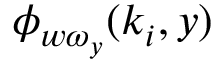
\phi _ { w \omega _ { y } } ( k _ { i } , y )